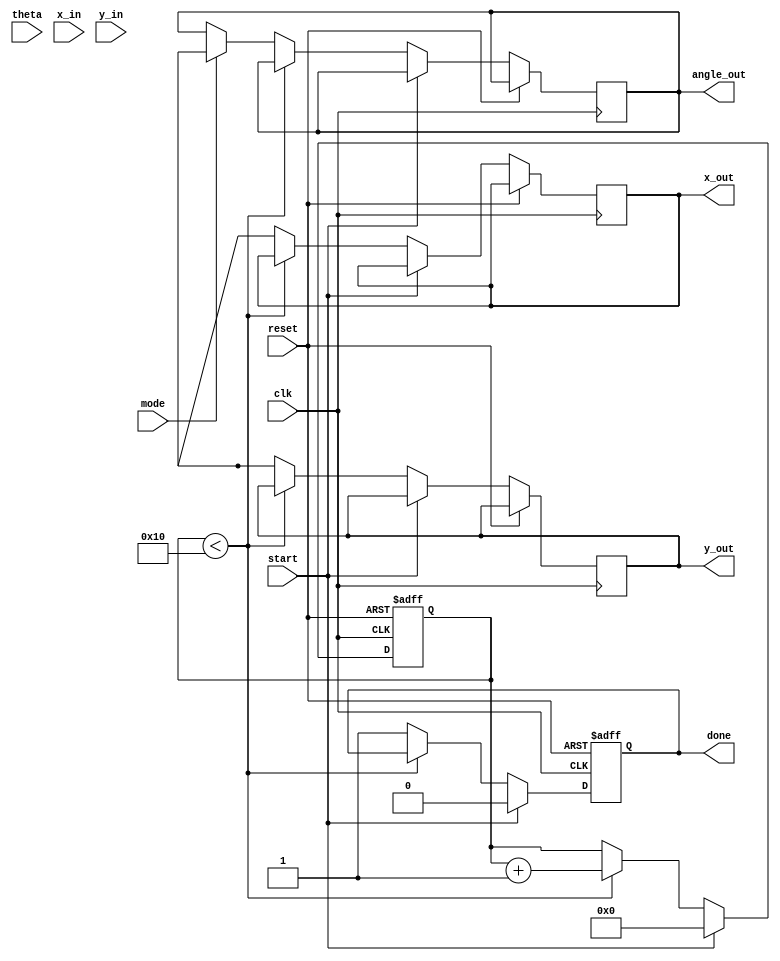
module modified_cordic (
    input wire clk,
    input wire reset,
    input wire start,
    input wire [15:0] theta, // Input angle in fixed-point format
    input wire [15:0] x_in,  // Initial X vector
    input wire [15:0] y_in,  // Initial Y vector
    input wire mode,         // 0 for rotation, 1 for vectoring
    output reg [15:0] x_out, // Output X
    output reg [15:0] y_out, // Output Y
    output reg [15:0] angle_out, // Output angle (for vectoring mode)
    output reg done          // Computation done signal
);

    // Parameters
    parameter N = 16; // Number of iterations
    parameter K = 16'h26DD; // Scaling factor (K = 0.6072529350088812561694 in fixed-point)

    // Internal signals
    reg [15:0] x [0:N-1]; // Shift register for X
    reg [15:0] y [0:N-1]; // Shift register for Y
    reg [15:0] z [0:N-1]; // Angle register
    reg [3:0] iteration; // Current iteration count
    reg [15:0] atan_table [0:N-1]; // Angle lookup table

    // Initialize the arctangent values
    initial begin
        atan_table[0] = 16'h1C71; // atan(2^-0)
        atan_table[1] = 16'h0D89; // atan(2^-1)
        atan_table[2] = 16'h05A8; // atan(2^-2)
        atan_table[3] = 16'h02D9; // atan(2^-3)
        atan_table[4] = 16'h0162; // atan(2^-4)
        atan_table[5] = 16'h00B5; // atan(2^-5)
        atan_table[6] = 16'h0052; // atan(2^-6)
        atan_table[7] = 16'h0029; // atan(2^-7)
        // Add more values as needed for higher precision
    end

    // FSM for CORDIC operation
    always @(posedge clk or posedge reset) begin
        if (reset) begin
            iteration <= 0;
            done <= 0;
            x[0] <= 0;
            y[0] <= 0;
            z[0] <= 0;
        end else if (start) begin
            // Initialize inputs
            x[0] <= x_in;
            y[0] <= y_in;
            z[0] <= theta;
            iteration <= 0;
            done <= 0;
        end else if (iteration < N) begin
            // CORDIC iteration
            if (z[iteration] < 0) begin
                // Rotate counter-clockwise
                x[iteration + 1] <= x[iteration] + (y[iteration] >>> iteration);
                y[iteration + 1] <= y[iteration] - (x[iteration] >>> iteration);
                z[iteration + 1] <= z[iteration] + atan_table[iteration];
            end else begin
                // Rotate clockwise
                x[iteration + 1] <= x[iteration] - (y[iteration] >>> iteration);
                y[iteration + 1] <= y[iteration] + (x[iteration] >>> iteration);
                z[iteration + 1] <= z[iteration] - atan_table[iteration];
            end
            iteration <= iteration + 1;
        end else begin
            // Final output
            if (mode == 0) begin // Rotation mode
                x_out <= x[N];
                y_out <= y[N];
            end else begin // Vectoring mode
                x_out <= x[N];
                y_out <= y[N];
                angle_out <= z[N] * K; // Apply scaling factor
            end
            done <= 1;
        end
    end

endmodule